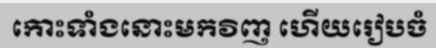
កោះទាំងនោះមកវិញ ហើយរៀបចំ